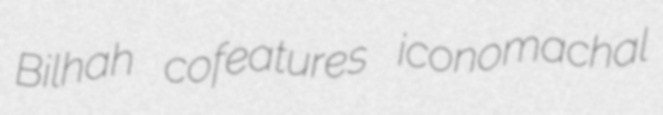
Bilhah cofeatures iconomachal